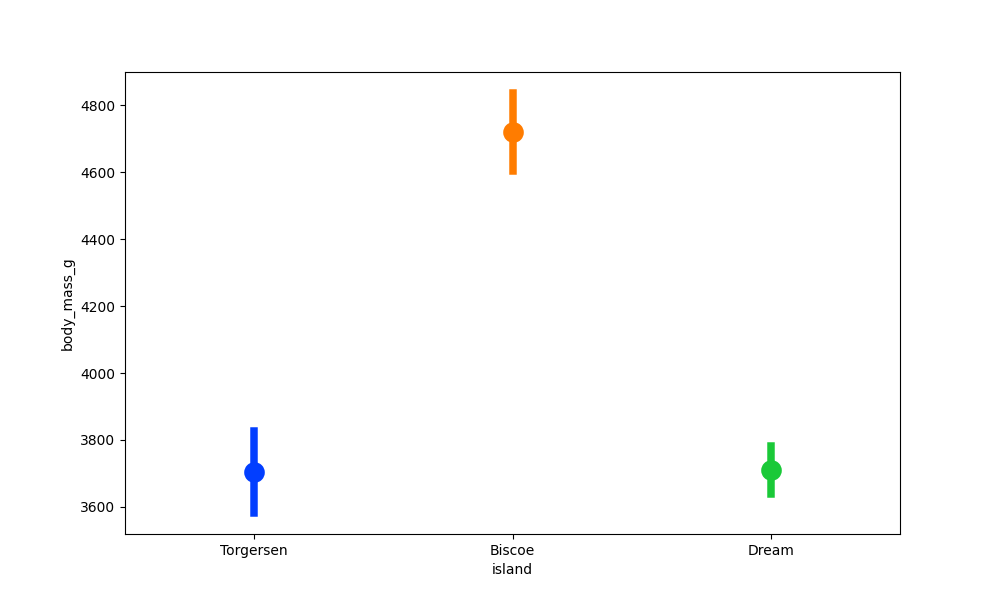
python, seaborn, pointplot, scale=2.0, join=True, hue='None', palette='bright'